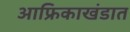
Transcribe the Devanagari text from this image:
आफ्रिकाखंडात